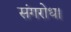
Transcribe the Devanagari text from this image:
संगरोध।